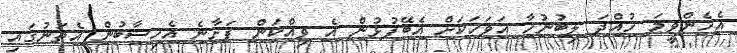
އެހެންވީމަ ހުއްދަ ލިބުނުހާ އަވަހަކަށް އެބޭފުޅުން އެ ވިއްކަން ފަށާނެ އެހިސާބުން އެތަނުގައި